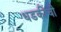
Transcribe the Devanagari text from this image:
धडकीची